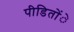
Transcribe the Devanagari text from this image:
पीडिताेंे